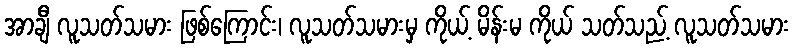
အာချီ လူသတ်သမား ဖြစ်ကြောင်း၊ လူသတ်သမားမှ ကိုယ့် မိန်းမ ကိုယ် သတ်သည့် လူသတ်သမား